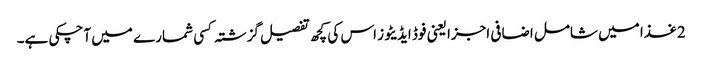
2غذا میں شامل اضافی اجزا یعنی فوڈ ایڈیٹوز اس کی کچھ تفصیل گزشتہ کسی شمارے میں آچکی ہے۔